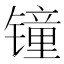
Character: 𲈛